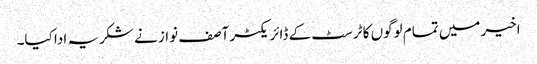
اخیر میں تمام لوگوں کا ٹرسٹ کے ڈائریکٹر آصف نواز نے شکریہ ادا کیا۔